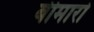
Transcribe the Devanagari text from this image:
बीमारो